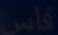
فاس